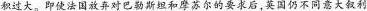
积过大。即使法国放弃对巴勒斯坦和摩苏尔的要求后，英国仍不同意大叙利